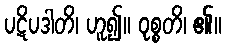
ပဋိပဒါတိ၊ ဟူ၍။ ဝုစ္စတိ၊ ၏။